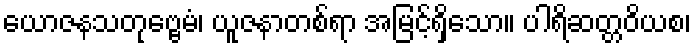
ယောဇနသတုဗ္ဗေမံ၊ ယူဇနာတစ်ရာ အမြင့်ရှိသော။ ပါရိဆတ္တဝိယစ၊